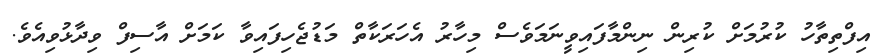
އިފްތިތާހު ކުރުމަށް ކުރިން ނިންމާފައިވީނަމަވެސް މިހާރު އެހަރަކާތް މަޑުޖެހިފައިވާ ކަމަށް އާސިފް ވިދާޅުވިއެވެ.